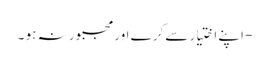
- اپنے اختیار سے کرے اورمجبور نہ ہو ۔